Accounts of Education Authorities, 1925
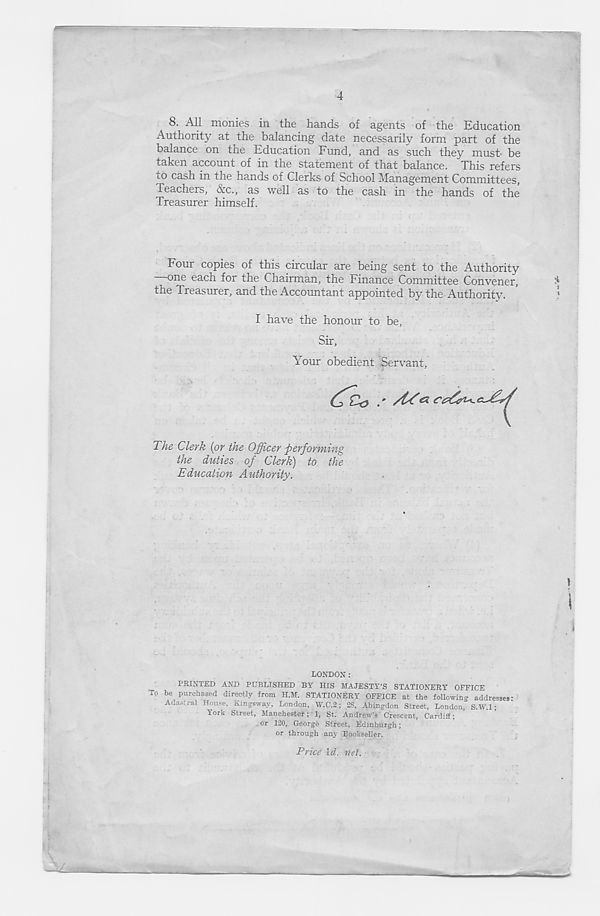
4
8. All monies in the hands of agents of the Education
Authority at the balancing date necessarily form part of the
balance on the Education Fund, and as such they must be
taken account of in the statement of that balance. This refers
to cash in the hands of Clerks of School Management Committees,
feachers, &c., as well as to the cash in the hands of the
Treasurer himself.
Four copies of this circular are being sent to the Authority
one each for the Chairman, the Finance Committee Convener,
the Treasurer, and the Accountant appointed by the Authority.
I have the honour to be.
Sir,
Tour obedient Servant,
The Clerk {or the Officer performing
the duties of Clerk) to the
Education Authority.
LONDON:
PRINTED AND PUBLISHED BY HIS MAJESTY’S STATIONERY OFFICE
To be purchased directly from H.M. STATIONERY OFFICE at the following addresses'
Adastral House, Kingsway, London, W.C.2; 28, Abingdon Street, London," S.W.l;
York Street, Manchester;' 1, St. Andrew’s Crescent, Cardiff;
or 120, George Street, Edinburgh;
or through any Bookseller.
Price \d. net.